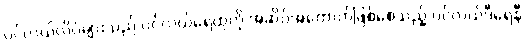
ပင်လယ်လိပ်များသည် ပင်လယ်ရေထုကို အဆိပ်အတောက်ဖြစ်စေသည့် ပင်လယ်ဒီရေနီ